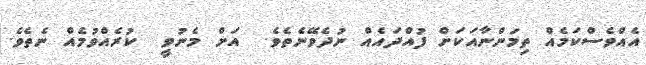
އެއްވެސްކަމެއް ތިމަންނާއަކަށް ފުއްދައެއް ނުދެވޭނެތެވެ.  އަށް މެނުވީ  ކުރެއްވުމެއް ނެތެވެ.